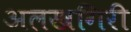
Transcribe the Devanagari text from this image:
अलखगिरी